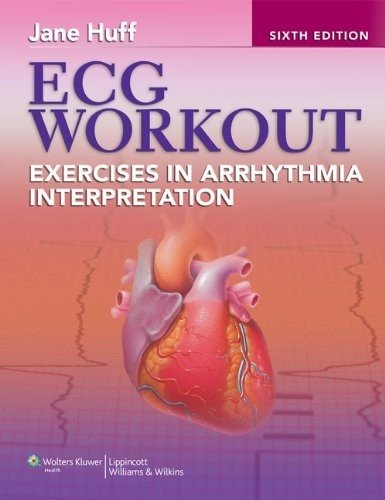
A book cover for ECG Workout: Exercises in Arrhythmia Interpretation (Huff, ECG Workout); Jane Huff RN  CCRN; Medical Books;